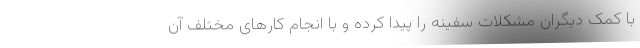
با کمک دیگران مشکلات سفینه را پیدا کرده و با انجام کارهای مختلف آن